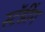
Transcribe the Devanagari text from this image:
स्टॅडींग